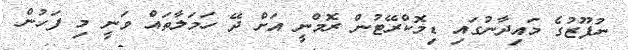
ނުފޫޒުގެ މައިދާނުގައި ޑިމޮކްރޭޓުން ރޮމްނީ އަށް ދޭ ހަމަލާތައް ވަނީ މި ފަހުން